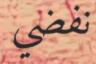
نفضي